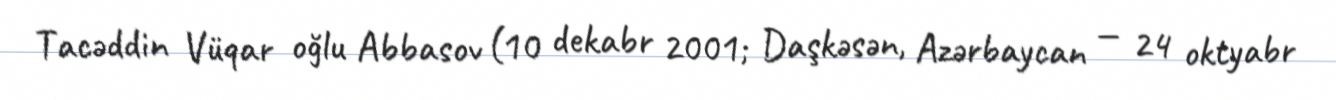
Tacəddin Vüqar oğlu Abbasov (10 dekabr 2001; Daşkəsən, Azərbaycan — 24 oktyabr